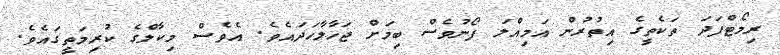
ރިމޯޓްފަދަ ތަކެތީގެ އިތުރުން އަމިއްލަ ފޯނުވެސް ބިމަށް ޖަހާލާހަދައެވެ. އެވެސް މިކާލްގެ ކުރިމަތީގައެވެ.